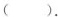
（）.